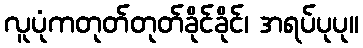
လူပုံကတုတ်တုတ်ခိုင်ခိုင်၊ အရပ်ပုပု။